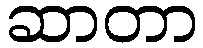
ဆာတာ